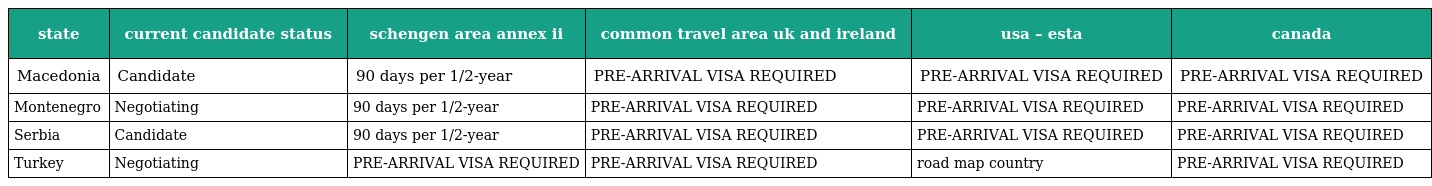
| state | current candidate status | schengen area annex ii | common travel area uk and ireland | usa – esta | canada |
 | --- | --- | --- | --- | --- | --- |
 | Macedonia | Candidate | 90 days per 1/2-year | PRE-ARRIVAL VISA REQUIRED | PRE-ARRIVAL VISA REQUIRED | PRE-ARRIVAL VISA REQUIRED |
 | Montenegro | Negotiating | 90 days per 1/2-year | PRE-ARRIVAL VISA REQUIRED | PRE-ARRIVAL VISA REQUIRED | PRE-ARRIVAL VISA REQUIRED |
 | Serbia | Candidate | 90 days per 1/2-year | PRE-ARRIVAL VISA REQUIRED | PRE-ARRIVAL VISA REQUIRED | PRE-ARRIVAL VISA REQUIRED |
 | Turkey | Negotiating | PRE-ARRIVAL VISA REQUIRED | PRE-ARRIVAL VISA REQUIRED | road map country | PRE-ARRIVAL VISA REQUIRED |